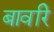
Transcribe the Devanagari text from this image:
बावरि